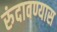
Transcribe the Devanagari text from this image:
रुंदावण्यास